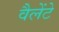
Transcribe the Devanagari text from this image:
वैलेंटे